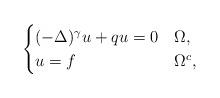
LaTeX: \begin{align*}\begin{cases} (- \Delta)^\gamma u + qu = 0& \Omega,\\ u = f & \Omega^c,\end{cases}\end{align*}